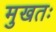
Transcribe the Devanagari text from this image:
मुखतः